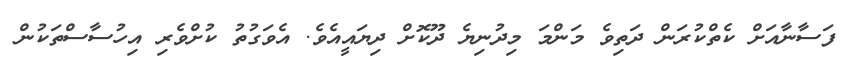
ފަސާނާއަށް ކެތްކުރަން ދަތިވެ މަންމަ މިދުނިޔެ ދޫކޮށް ދިޔައީއެވެ. އެވަގުތު ކުށްވެރި އިހުސާސްތަކުން